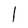
Character: l